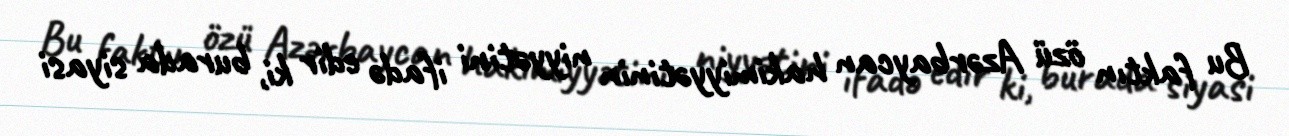
Bu faktın özü Azərbaycan hakimiyyətinin niyyətini ifadə edir ki, burada siyasi